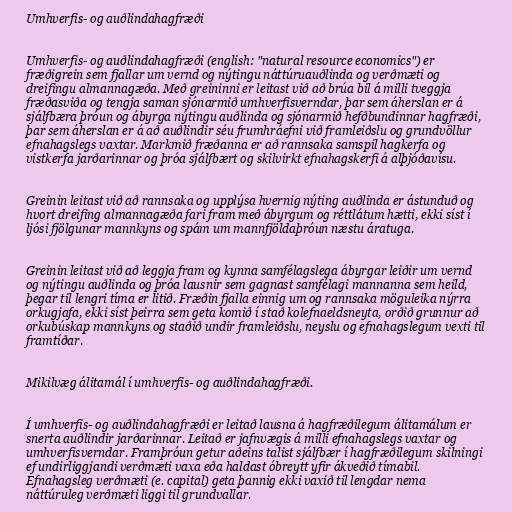
Umhverfis- og auðlindahagfræði

Umhverfis- og auðlindahagfræði (english: "natural resource economics") er
fræðigrein sem fjallar um vernd og nýtingu náttúruauðlinda og verðmæti og
dreifingu almannagæða. Með greininni er leitast við að brúa bil á milli tveggja
fræðasviða og tengja saman sjónarmið umhverfisverndar, þar sem áherslan er á
sjálfbæra þróun og ábyrga nýtingu auðlinda og sjónarmið hefðbundinnar hagfræði,
þar sem áherslan er á að auðlindir séu frumhráefni við framleiðslu og grundvöllur
efnahagslegs vaxtar. Markmið fræðanna er að rannsaka samspil hagkerfa og
vistkerfa jarðarinnar og þróa sjálfbært og skilvirkt efnahagskerfi á alþjóðavísu.

Greinin leitast við að rannsaka og upplýsa hvernig nýting auðlinda er ástunduð og
hvort dreifing almannagæða fari fram með ábyrgum og réttlátum hætti, ekki síst í
ljósi fjölgunar mannkyns og spám um mannfjöldaþróun næstu áratuga.

Greinin leitast við að leggja fram og kynna samfélagslega ábyrgar leiðir um vernd
og nýtingu auðlinda og þróa lausnir sem gagnast samfélagi mannanna sem heild,
þegar til lengri tíma er litið. Fræðin fjalla einnig um og rannsaka möguleika nýrra
orkugjafa, ekki síst þeirra sem geta komið í stað kolefnaeldsneyta, orðið grunnur að
orkubúskap mannkyns og staðið undir framleiðslu, neyslu og efnahagslegum vexti til
framtíðar.

Mikilvæg álitamál í umhverfis- og auðlindahagfræði.

Í umhverfis- og auðlindahagfræði er leitað lausna á hagfræðilegum álitamálum er
snerta auðlindir jarðarinnar. Leitað er jafnvægis á milli efnahagslegs vaxtar og
umhverfisverndar. Framþróun getur aðeins talist sjálfbær í hagfræðilegum skilningi
ef undirliggjandi verðmæti vaxa eða haldast óbreytt yfir ákveðið tímabil.
Efnahagsleg verðmæti (e. capital) geta þannig ekki vaxið til lengdar nema
náttúruleg verðmæti liggi til grundvallar.